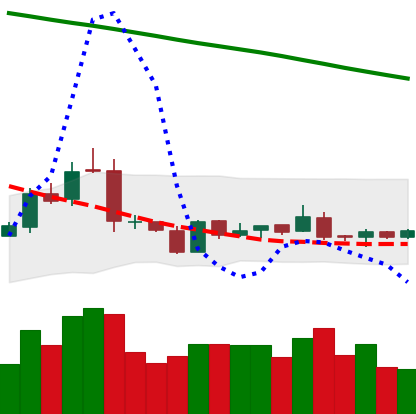
Ticker: NEO-USD
Chart end date: 2019-01-24
Forward return: -8.856%
Label: down_7plus